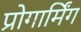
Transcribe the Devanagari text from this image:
प्रोगार्मिंग